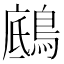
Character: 𪂑